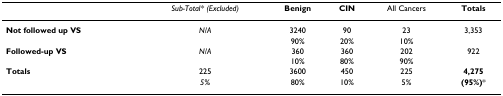
<table><thead><tr><td>[EMPTY_CELL]</td><td><b><i>Sub-Total* (Excluded)</i></b></td><td><b>Benign</b></td><td><b>CIN</b></td><td><b>All Cancers</b></td><td><b>Totals</b></td></tr></thead><tbody><tr><td><b>Not followed up VS</b></td><td><i>N</i>/<i>A</i></td><td>3240</td><td>90</td><td>23</td><td>3,353</td></tr><tr><td>[EMPTY_CELL]</td><td>[EMPTY_CELL]</td><td>90%</td><td>20%</td><td>10%</td><td>[EMPTY_CELL]</td></tr><tr><td><b>Followed-up VS</b></td><td><i>N</i>/<i>A</i></td><td>360</td><td>360</td><td>202</td><td>922</td></tr><tr><td>[EMPTY_CELL]</td><td>[EMPTY_CELL]</td><td>10%</td><td>80%</td><td>90%</td><td>[EMPTY_CELL]</td></tr><tr><td><b>Totals</b></td><td>225</td><td>3600</td><td>450</td><td>225</td><td><b>4,275</b></td></tr><tr><td>[EMPTY_CELL]</td><td><i>5%</i></td><td>80%</td><td>10%</td><td>5%</td><td><b>(95%)</b>*</td></tr></tbody></table>